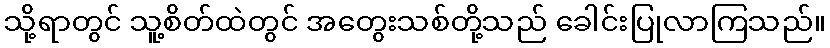
သို့ရာတွင် သူ့စိတ်ထဲတွင် အတွေးသစ်တို့သည် ခေါင်းပြုလာကြသည်။